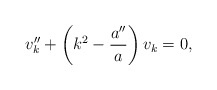
\begin{align*}v_k''+\left(k^2-\frac{a''}{a}\right) v_k=0,\end{align*}